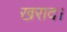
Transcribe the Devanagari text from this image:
खराद।